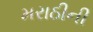
મરાઠીની